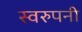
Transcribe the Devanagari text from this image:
स्वरुपनी